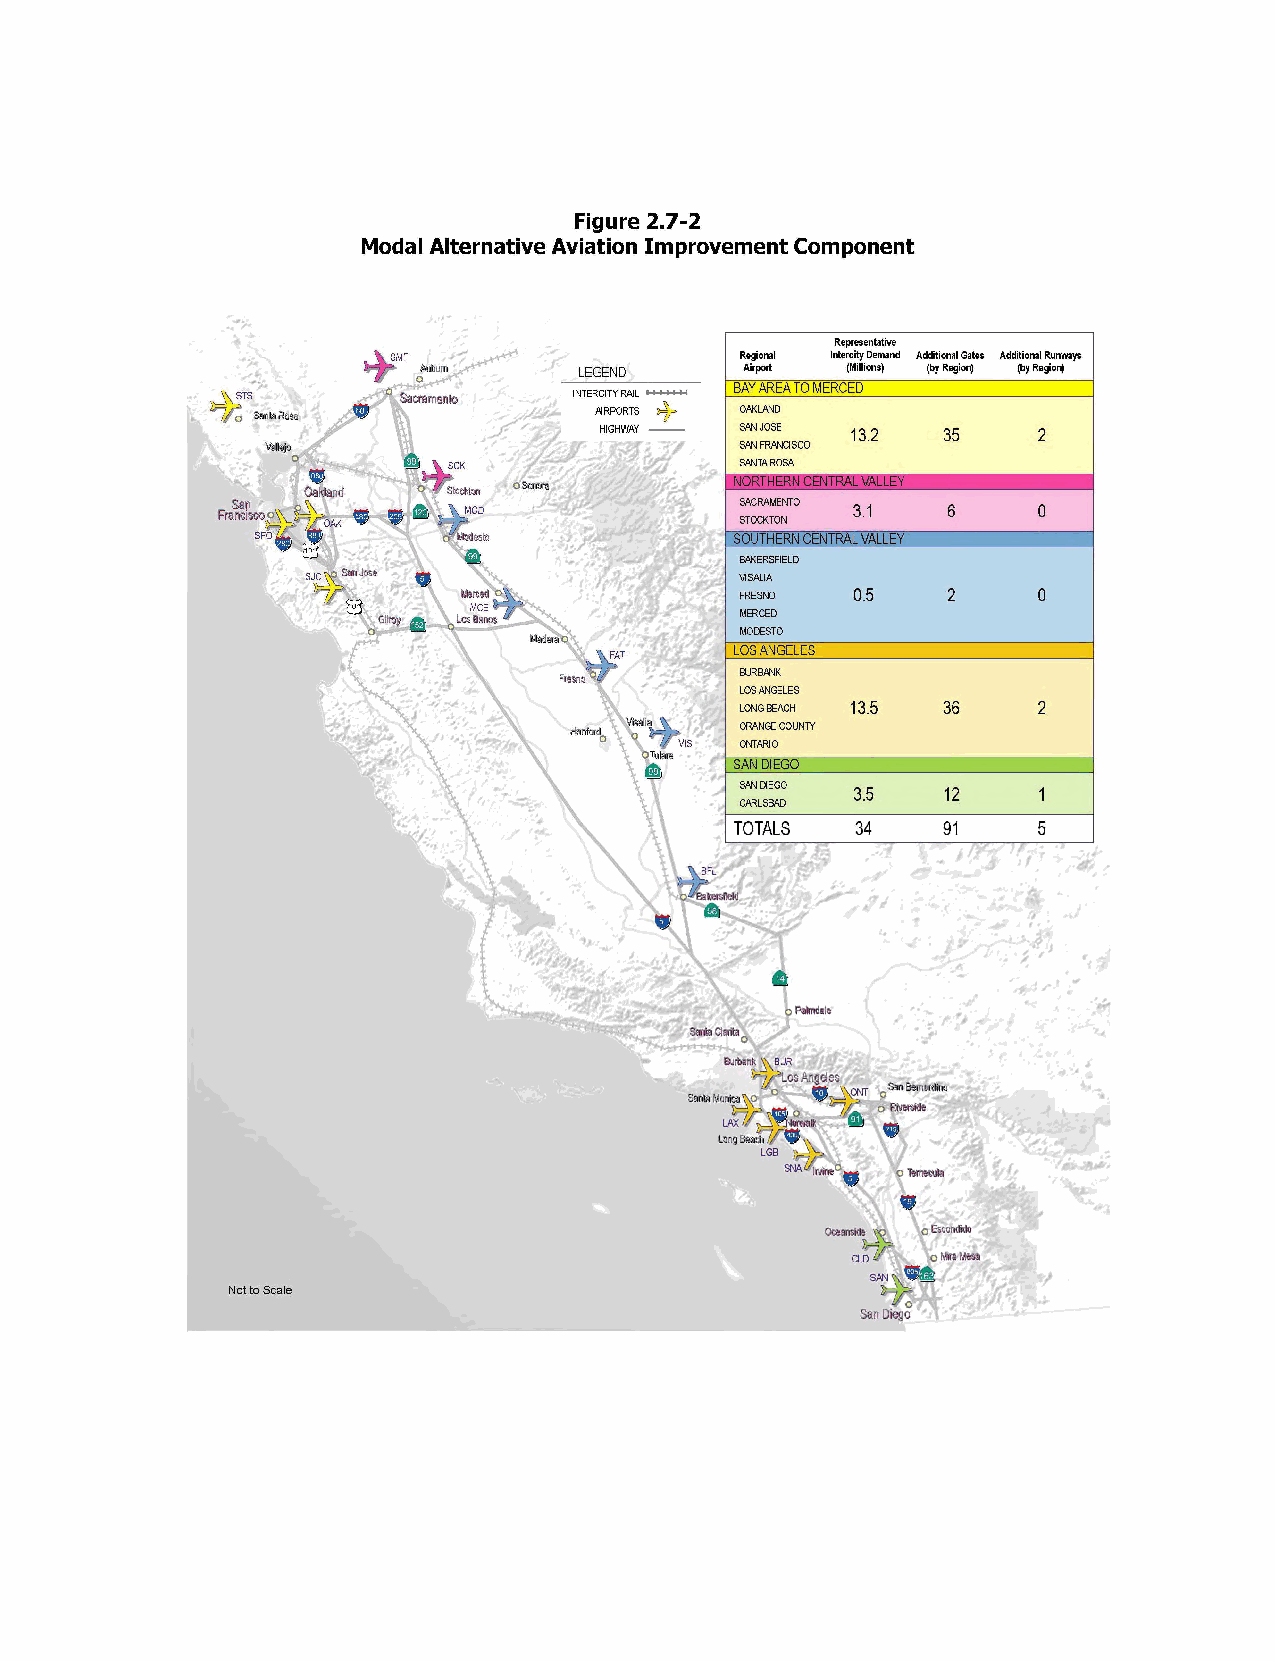
Figure 2.7-2
 Modal Alternative Aviation Improvement Component
 Representative
 SMF                    Regional Intercity Demand Additional Gates Additional Runways
 Auburn    LEGEND     Airport (Millions) (by Region) (by Region)
 BAY AREA TO MERCED
 STS        Sacramento INTERCITY RAIL
 Santa Rosa            AIRPORTS  OAKLAND
 HIGHWAY  SAN JOSE 13.2 35    2
 Vallejo                        SAN FRANCISCO
 SCK                SANTA ROSA
 NORTHERN CENTRAL VALLEY
 Oakland   Stockton           SACRAMENTO
 Francisco, OAK  MoM dO eD sto      STOCKTON 3.1  6     0
 SFO                             SOUTHERN CENTRAL VALLEY
 BAKERSFIELD
 SJC San Jose                 VISALIA
 Agreed            FRESNO  05    2     0
 Gilroy Los Banos        MERCED
 Madera        MODESTO
 FAT      LOS ANGELES
 BURBANK
 Fresno
 LOS ANGELES
 LONG BEACH 13.5 36  2
 Hanford Visalia ORANGE COUNTY
 TulareVIS ONTARIO
 SAN DIEGO
 SAN DIEGO
 3.5   12    1
 CARLSBAD
 TOTALS  34   91     5
 BFL
 Bakersfield
 Palmdate
 Santa Clarita
 Burbank BUR
 Los Angeles
 ont San Bernardino
 Santa Monica
 Riverside
 LAX
 Long Beach
 LGB
 SNA Irvine Temecula
 Oceanside
 Escondido
 CLD   Mira Mesa
 SAN
 Not to Scale
 San Diego